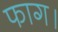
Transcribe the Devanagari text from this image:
फाग।